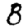
Digit: 8